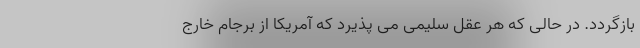
بازگردد. در حالی که هر عقل سلیمی می پذیرد که آمریکا از برجام خارج